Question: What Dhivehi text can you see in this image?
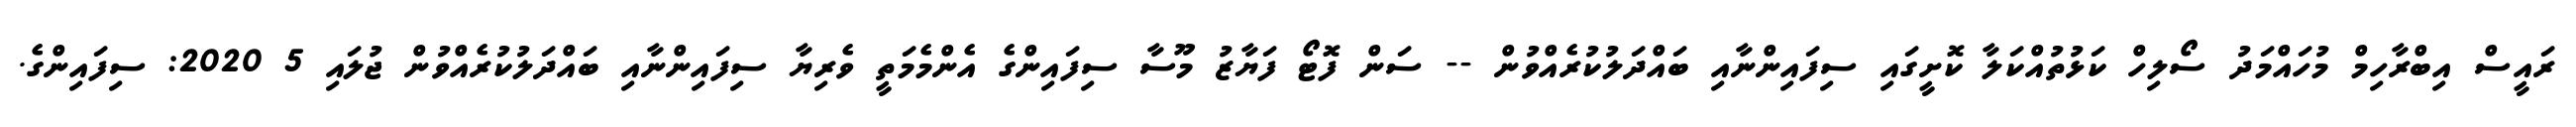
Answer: ރައީސް އިބްރާހިމް މުހައްމަދު ސޯލިހް ކަޅުތުއްކަލާ ކޮށީގައި ސިފައިންނާއި ބައްދަލުކުރެއްވުން -- ސަން ފޮޓޯ ފަޔާޒު މޫސާ ސިފައިންގެ އެންމެމަތީ ވެރިޔާ ސިފައިންނާއި ބައްދަލުކުރެއްވުން ޖުލައި 5 2020: ސިފައިންގެ.